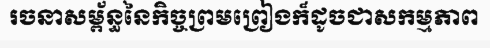
រចនាសម្ព័ន្ធនៃកិច្ចព្រមព្រៀងក៏ដូចជាសកម្មភាព